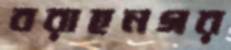
বরাহনগর